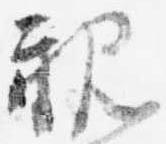
親